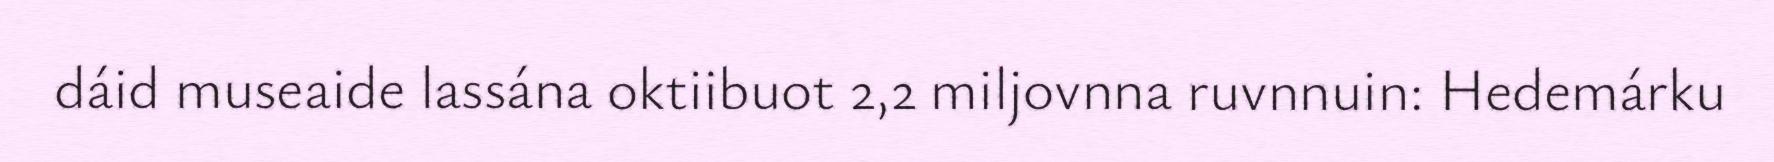
dáid museaide lassána oktiibuot 2,2 miljovnna ruvnnuin: Hedemárku